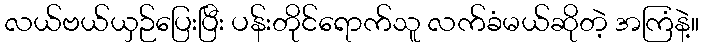
လယ်ဗယ်ယှဉ်ပြေးပြီး ပန်းတိုင်ရောက်သူ လက်ခံမယ်ဆိုတဲ့ အကြံနဲ့။